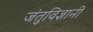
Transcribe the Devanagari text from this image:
जंतुविज्ञानी